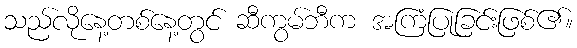
သည်လိုနေ့တစ်နေ့တွင် ဆီကွမ်ဘီက အကြံပြုခြင်းဖြစ်၏။